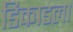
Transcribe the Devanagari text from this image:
डिकाडला